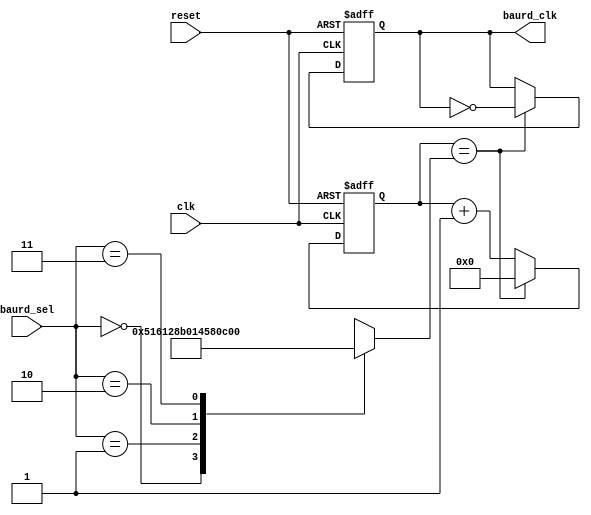
`timescale 1ns / 1ps
//////////////////////////////////////////////////////////////////////////////////
// Company: 
// Engineer: 
// 
// Design Name: 
// Module Name:    BAUD_GENERATOR 
// Project Name: 
// Target Devices: 
// Tool versions: 
// Description: 
//
// Dependencies: 
//
// Revision: 
// Revision 0.01 - File Created
// Additional Comments: 
//
//////////////////////////////////////////////////////////////////////////////////
module BAUD_GENERATOR(clk,reset,baurd_sel,baurd_clk);
input clk,reset;
input [1:0] baurd_sel;
output reg baurd_clk;

reg [15:0] count = 16'd0;
reg [15:0] mod = 16'd0;

always@(posedge clk or negedge reset)
	begin
		if(!reset)
			begin
				baurd_clk<=1'b0;
				count<=16'd0;
			end
		else if(count == mod)
			begin
				baurd_clk<=~baurd_clk;
				count<=0;
			end
		else
			begin
				count<=count+1;
				baurd_clk<=baurd_clk;	
			end
	end
	
always@(baurd_sel)
	begin
		case(baurd_sel)
			2'b00:mod=15'd20833;//2400
			2'b01:mod=15'd10416;//4800
			2'b10:mod=15'd5208;//9600
			2'b11:mod=15'd2604;//19200
			default:mod=15'd2604;
		endcase
	end


endmodule


//module BAUD_GENERATOR(
//    input clk,reset,
//	 input [1:0] baurd_sel,
//    output reg baurd_clk
//    );
//	 
//	 reg [15:0] count_clk =16'd0;
//	 reg [15:0] mod = 16'd0;
//
//	 
//	 always@(posedge clk or negedge reset)
//	 begin
//	 if(!reset)
//	 begin
//	 baurd_clk<= 1'b0;
//	 count_clk <= 16'd0;
//	 end
//	 else if (count_clk == mod)
//	 begin
//	 baurd_clk<= ~ baurd_clk;	
//	 count_clk <= 16'd0;
//	 end	 
//	 else
//	 begin
//	 count_clk <= count_clk +1;
//	 baurd_clk <= baurd_clk;
//	 end
//	 end
//	 
//	 
//	 always@(baurd_sel)
//	 begin
//	 case(baurd_sel)
//	 
//	 2'd0 : mod <= 16'd41666;
//	 2'd1 : mod <= 16'd20833;
//	 2'd2 : mod <= 16'd10416;
//	 2'd3 : mod <= 16'd5208;
//	 default: mod <= 16'd10416;
//	 
//	 endcase
//	 end
//	 
//
//
//endmodule